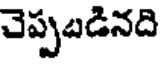
చెప్పబడినది